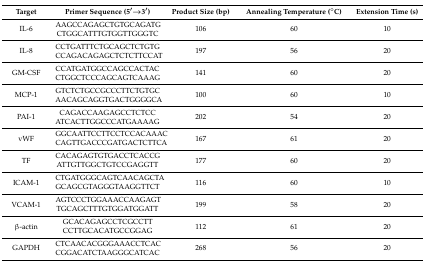
| Target | Primer Sequence (5′→3′) | Product Size (bp) | Annealing Temperature (°C) | Extension Time (s) |
 | --- | --- | --- | --- | --- |
 | IL-6 | AAGCCAGAGCTGTGCAGATG CTGGCATTTGTGGTTGGGTC | 106 | 60 | 10 |
 | IL-8 | CCTGATTTCTGCAGCTCTGTG CCAGACAGAGCTCTCTTCCAT | 197 | 56 | 20 |
 | GM-CSF | CCATGATGGCCAGCCACTAC CTGGCTCCCAGCAGTCAAAG | 141 | 60 | 20 |
 | MCP-1 | GTCTCTGCCGCCCTTCTGTGC AACAGCAGGTGACTGGGGCA | 100 | 60 | 10 |
 | PAI-1 | CAGACCAAGAGCCTCTCC ATCACTTGGCCCATGAAAAG | 202 | 54 | 20 |
 | vWF | GGCAATTCCTTCCTCCACAAAC CAGTTGACCCGATGACTCTTCA | 167 | 61 | 20 |
 | TF | CACAGAGTGTGACCTCACCG ATTGTTGGCTGTCCGAGGTT | 177 | 60 | 20 |
 | ICAM-1 | CTGATGGGCAGTCAACAGCTA GCAGCGTAGGGTAAGGTTCT | 116 | 60 | 10 |
 | VCAM-1 | AGTCCCTGGAAACCAAGAGT TGCAGCTTTGTGGATGGATT | 199 | 58 | 20 |
 | β-actin | GCACAGAGCCTCGCCTT CCTTGCACATGCCGGAG | 112 | 61 | 20 |
 | GAPDH | CTCAACACGGGAAACCTCAC CGGACATCTAAGGGCATCAC | 268 | 56 | 20 |